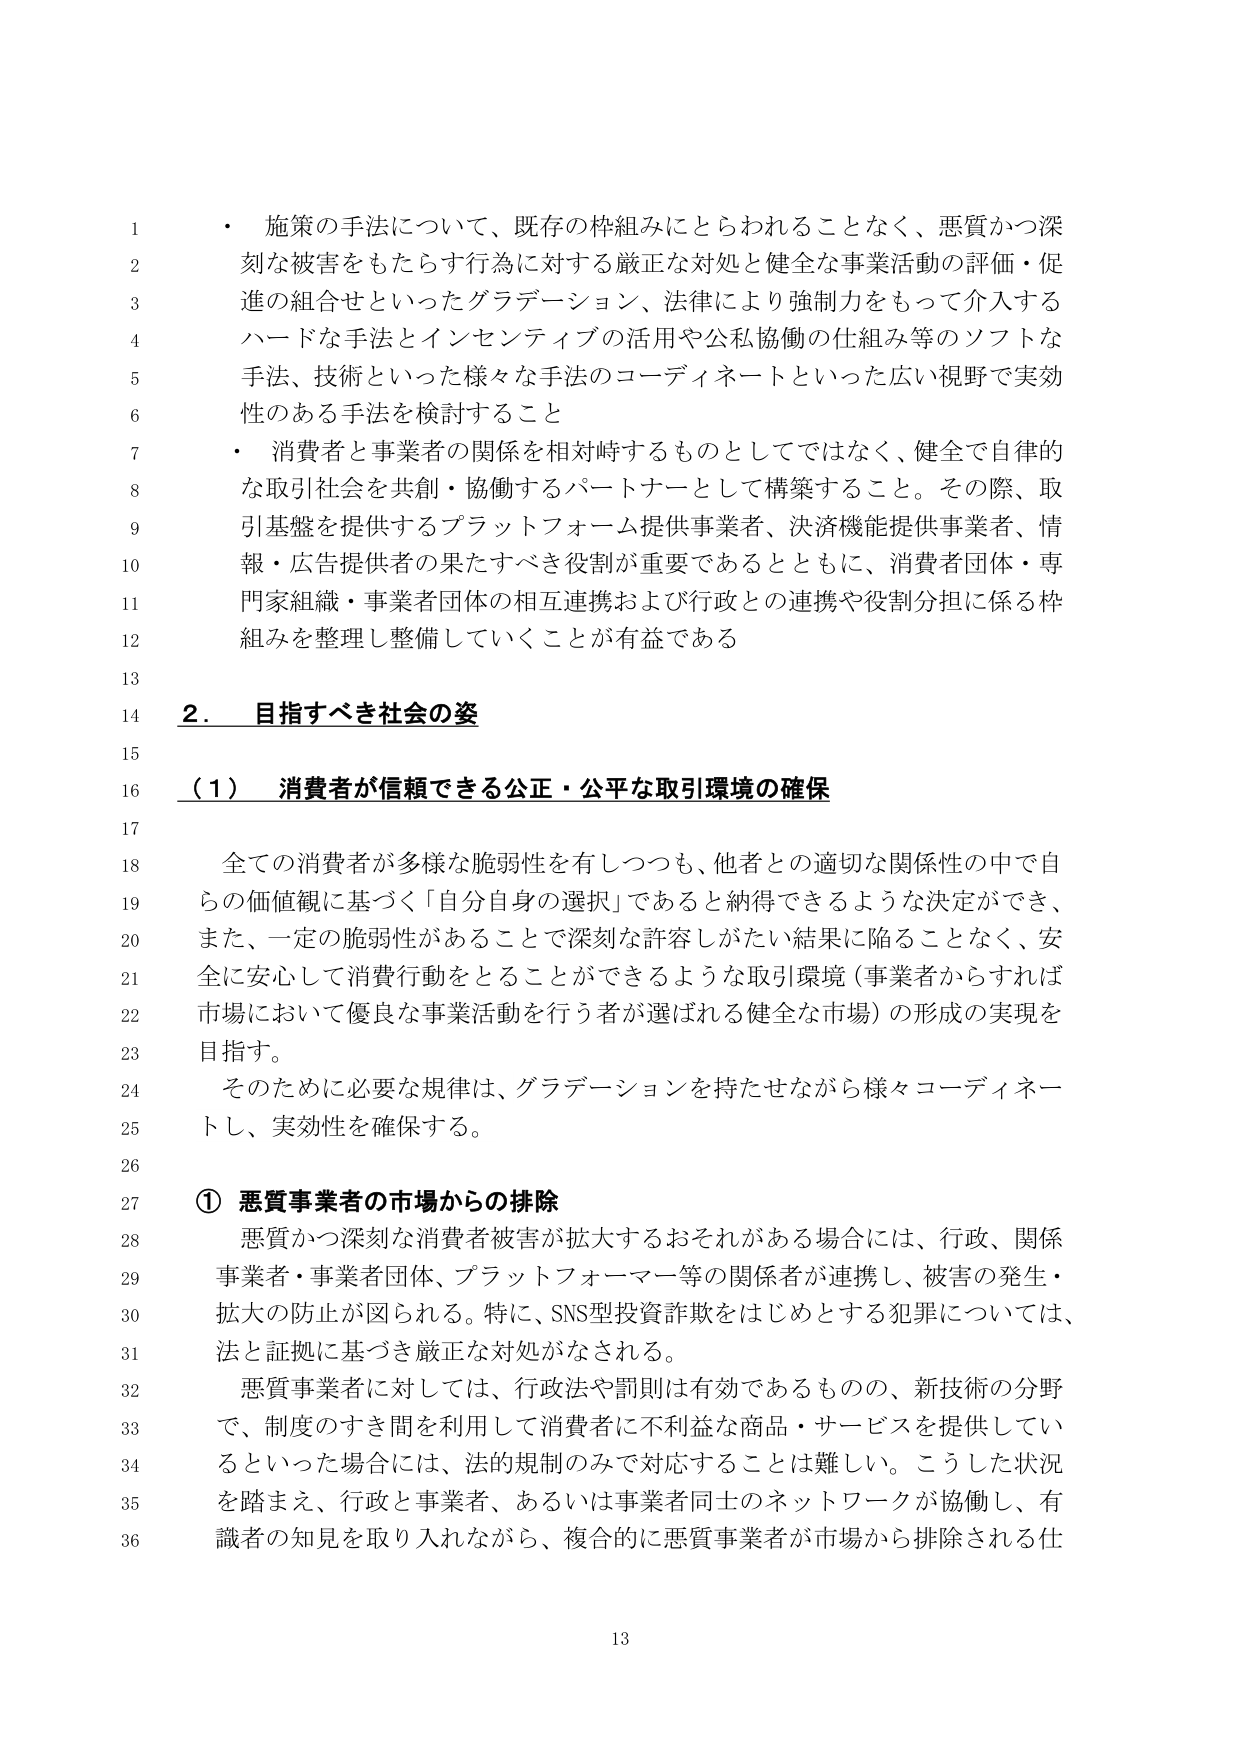
・ 施策の手法について、既存の枠組みにとらわれることなく、悪質かつ深刻な被害をもたらす行為に対する厳正な対処と健全な事業活動の評価・促進の組合せといったグラデーション、法律により強制力をもって介入するハードな手法とインセンティブの活用や公私協働の仕組み等のソフトな手法、技術といった様々な手法のコーディネートといった広い視野で実効性のある手法を検討すること

・ 消費者と事業者の関係を相対峙するものとしてではなく、健全で自律的な取引社会を共創・協働するパートナーとして構築すること。その際、取引基盤を提供するプラットフォーム提供事業者、決済機能提供事業者、情報・広告提供者の果たすべき役割が重要であるとともに、消費者団体・専門家組織・事業者団体の相互連携および行政との連携や役割分担に係る枠組みを整理し整備していくことが有益である

2. 目指すべき社会の姿

（1） 消費者が信頼できる公正・公平な取引環境の確保

全ての消費者が多様な脆弱性を有しつつも、他者との適切な関係性の中で自らの価値観に基づく「自分自身の選択」であると納得できるような決定ができ、また、一定の脆弱性があることで深刻な許容しがたい結果に陥ることなく、安全に安心して消費行動をとることができるような取引環境（事業者からすれば市場において優良な事業活動を行う者が選ばれる健全な市場）の形成の実現を目指す。

そのために必要な規律は、グラデーションを持たせながら様々コーディネートし、実効性を確保する。

① 悪質事業者の市場からの排除

悪質かつ深刻な消費者被害が拡大するおそれがある場合には、行政、関係事業者・事業者団体、プラットフォーマー等の関係者が連携し、被害の発生・拡大の防止が図られる。特に、SNS型投資詐欺をはじめとする犯罪については、法と証拠に基づき厳正な対処がなされる。

悪質事業者に対しては、行政法や罰則は有効であるものの、新技術の分野で、制度のすき間を利用して消費者に不利益な商品・サービスを提供しているといった場合には、法的規制のみで対応することは難しい。こうした状況を踏まえ、行政と事業者、あるいは事業者同士のネットワークが協働し、有識者の知見を取り入れながら、複合的に悪質事業者が市場から排除される仕

13